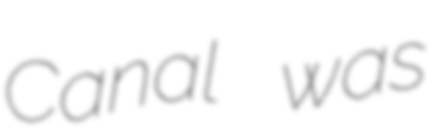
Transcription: Canal was